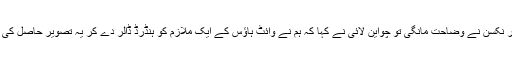
صدر نکسن نے وضاحت مانگی تو چواین لائی نے کہا کہ ہم نے وائٹ ہاؤس کے ایک ملازم کو ہنڈرڈ ڈالر دے کر یہ تصویر حاصل کی ہے۔